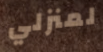
لمنزلي